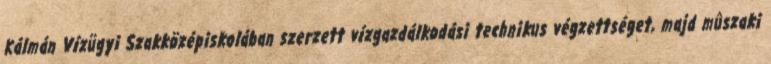
Kálmán Vízügyi Szakközépiskolában szerzett vízgazdálkodási technikus végzettséget, majd mûszaki